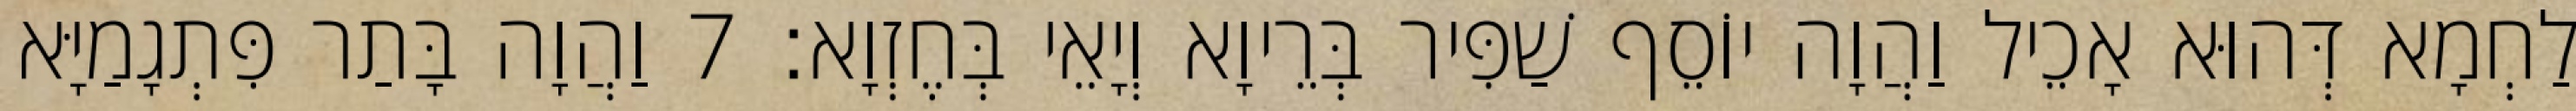
לַחְמָא דְּהוּא אָכֵיל וַהֲוָה יוֹסֵף שַׁפִּיר בְּרֵיוָא וְיָאֵי בְּחֶזְוָא׃ 7 וַהֲוָה בָּתַר פִּתְגָמַיָּא